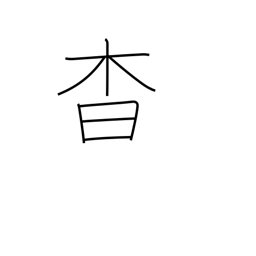
Meaning: darkness